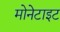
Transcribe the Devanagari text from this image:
मोनेटाइट